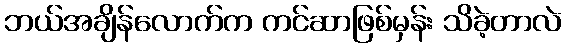
ဘယ်အချိန်လောက်က ကင်ဆာဖြစ်မှန်း သိခဲ့တာလဲ